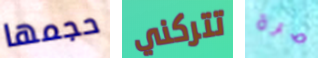
حجمها تتركني مرة